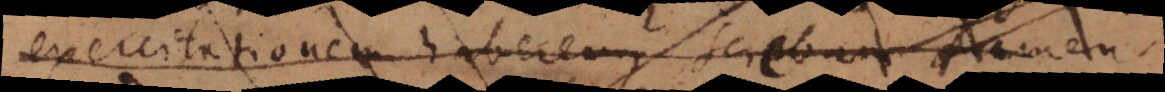
exercitationem haberem, sciebam tamen